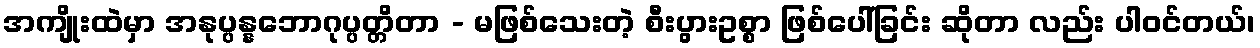
အကျိုးထဲမှာ အနုပ္ပန္နဘောဂုပ္ပတ္တိတာ - မဖြစ်သေးတဲ့ စီးပွားဥစ္စာ ဖြစ်ပေါ်ခြင်း ဆိုတာ လည်း ပါဝင်တယ်၊